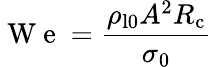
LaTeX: \mathrm{~W~e~}=\frac{\rho_{\mathrm{l0}}A^{2}R_{\mathrm{c}}}{\sigma_{0}}